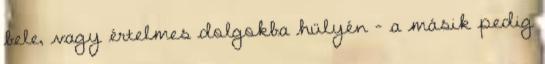
bele, vagy értelmes dolgokba hülyén – a másik pedig